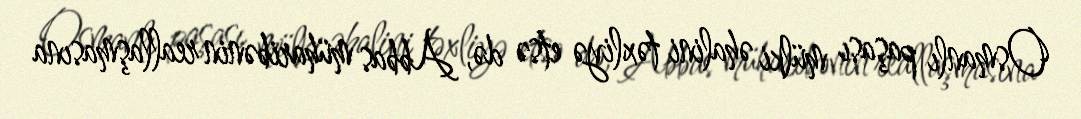
Osmanlı paşası mülki əhalini təxliyə etsə də, Abbas müharibənin reallaşmasına